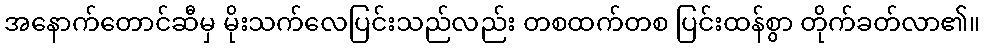
အနောက်တောင်ဆီမှ မိုးသက်လေပြင်းသည်လည်း တစထက်တစ ပြင်းထန်စွာ တိုက်ခတ်လာ၏။